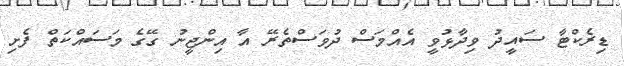
ޑިރެކްޓާ ސައީދު ވިދާޅުވީ އެއްމަސް ދުވަސްތެރޭ އާ އިންޖީނު ގޭގެ މަސައްކަތް ފެށި